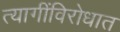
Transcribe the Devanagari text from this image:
त्यागींविरोधात